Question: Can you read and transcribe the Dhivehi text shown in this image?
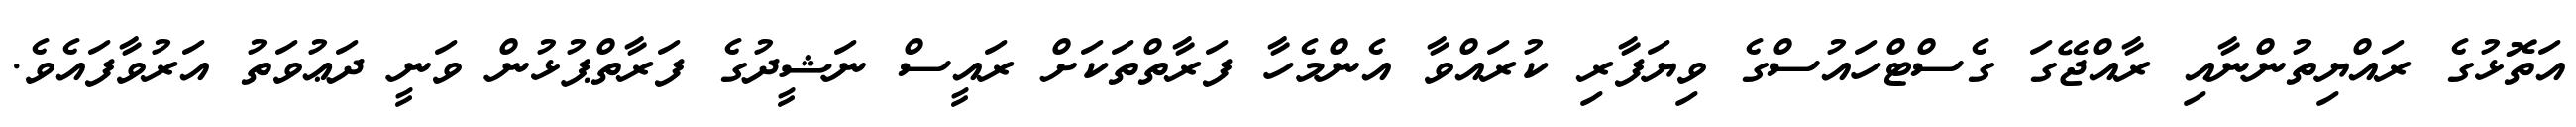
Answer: އަތޮޅުގެ ރައްޔިތުންނާއި ރާއްޖޭގަ ގެސްޓްހައުސްގެ ވިޔަފާރި ކުރައްވާ އެންމެހާ ފަރާތްތަކަށް ރައީސް ނަޝީދުގެ ފަރާތްޕުޅުން ވަނީ ދަޢުވަތު އަރުވާފައެވެ.